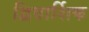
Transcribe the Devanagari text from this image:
द्विवार्शिक